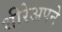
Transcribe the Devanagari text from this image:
धीरेअपने